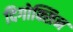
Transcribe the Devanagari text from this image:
दिगोक्सिन